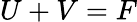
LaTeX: U+V=F